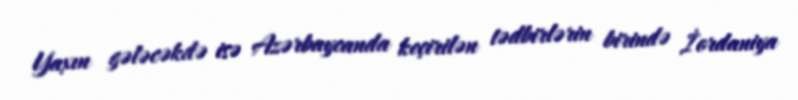
Yaxın gələcəkdə isə Azərbaycanda keçirilən tədbirlərin birində İordaniya